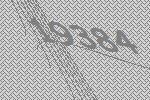
19384